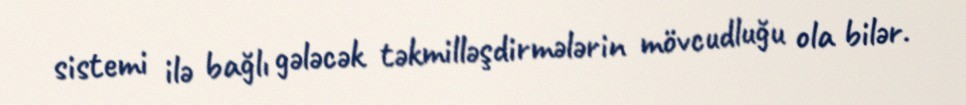
sistemi ilə bağlı gələcək təkmilləşdirmələrin mövcudluğu ola bilər.